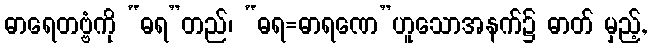
ဓာရေတဗ္ဗံကို “ဓရ”တည်၊ “ဓရ=ဓာရဏေ”ဟူသောအနက်၌ ဓာတ် မှည့်,